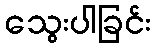
သွေးပါခြင်း